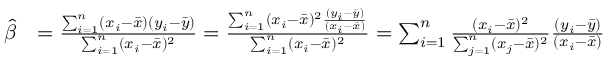
{ \begin{array} { r l } { { \widehat { \beta } } } & { = { \frac { \sum _ { i = 1 } ^ { n } ( x _ { i } - { \bar { x } } ) ( y _ { i } - { \bar { y } } ) } { \sum _ { i = 1 } ^ { n } ( x _ { i } - { \bar { x } } ) ^ { 2 } } } = { \frac { \sum _ { i = 1 } ^ { n } ( x _ { i } - { \bar { x } } ) ^ { 2 } { \frac { ( y _ { i } - { \bar { y } } ) } { ( x _ { i } - { \bar { x } } ) } } } { \sum _ { i = 1 } ^ { n } ( x _ { i } - { \bar { x } } ) ^ { 2 } } } = \sum _ { i = 1 } ^ { n } { \frac { ( x _ { i } - { \bar { x } } ) ^ { 2 } } { \sum _ { j = 1 } ^ { n } ( x _ { j } - { \bar { x } } ) ^ { 2 } } } { \frac { ( y _ { i } - { \bar { y } } ) } { ( x _ { i } - { \bar { x } } ) } } } \end{array} }